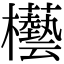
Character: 𣡊